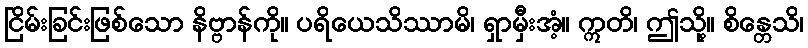
ငြိမ်းခြင်းဖြစ်သော နိဗ္ဗာန်ကို။ ပရိယေသိဿာမိ၊ ရှာမှီးအံ့။ ဣတိ၊ ဤသို့။ စိန္တေသိ၊